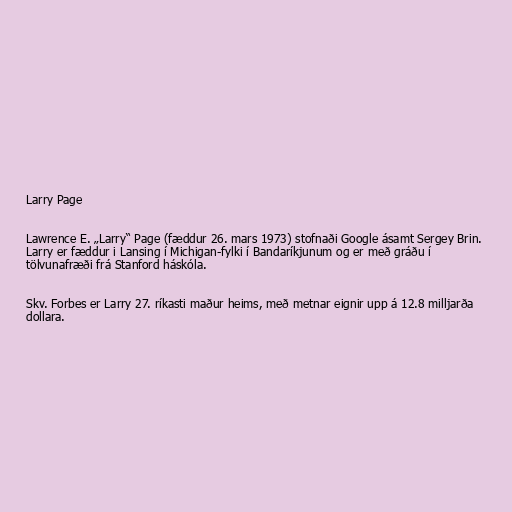
Larry Page

Lawrence E. „Larry“ Page (fæddur 26. mars 1973) stofnaði Google ásamt Sergey Brin.
Larry er fæddur i Lansing í Michigan-fylki í Bandaríkjunum og er með gráðu í
tölvunafræði frá Stanford háskóla.

Skv. Forbes er Larry 27. ríkasti maður heims, með metnar eignir upp á 12.8 milljarða
dollara.